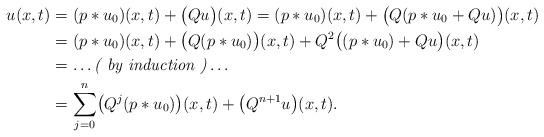
LaTeX: \begin{align*}u(x,t) & = (p*u_0)(x,t) + \bigl(Qu\bigr)(x,t) = (p*u_0)(x,t) + \bigl(Q(p*u_0 + Qu)\bigr)(x,t) \\ & = (p*u_0)(x,t) + \bigl(Q(p*u_0)\bigr)(x,t) + Q^2\bigl((p*u_0) + Qu\bigr)(x,t) \\ & = \dots \textit{( by induction )} \dots \\ & = \sum\limits_{j=0}^n \bigl( Q^j(p*u_0) \bigr)(x,t) + \bigl( Q^{n+1}u \bigr)(x,t). \end{align*}